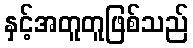
နှင့်အတူတူဖြစ်သည်